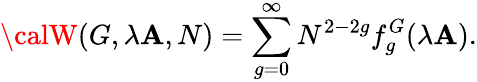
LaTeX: {\calW}(G,\lambda\mathbf{A},N)=\sum_{g=0}^{\infty}N^{2-2g}f_{g}^{G}(\lambda\mathbf{A}).